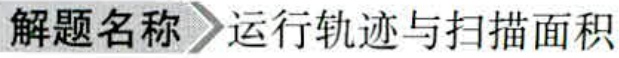
\解题名称 运行轨迹与扫描面积